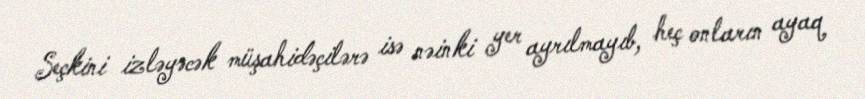
Seçkini izləyəcək müşahidəçilərə isə nəinki yer ayrılmayıb, heç onların ayaq